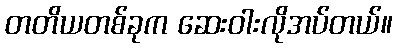
တတိယတစ်ခုက ဆေးဝါးလိုအပ်တယ်။